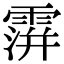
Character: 𩅅